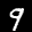
Label: 9